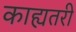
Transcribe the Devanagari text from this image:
काह्यतरी